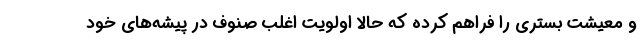
و معیشت بستری را فراهم کرده که حالا اولویت اغلب صنوف در پیشه‌های خود